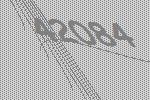
42084